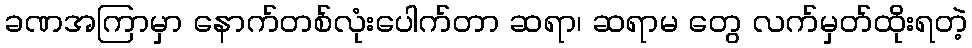
ခဏအကြာမှာ နောက်တစ်လုံးပေါက်တာ ဆရာ၊ ဆရာမ တွေ လက်မှတ်ထိုးရတဲ့